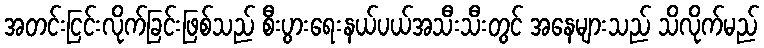
အတင်းငြင်းလိုက်ခြင်းဖြစ်သည် စီးပွားရေးနယ်ပယ်အသီးသီးတွင် အနေများသည် သိလိုက်မည်